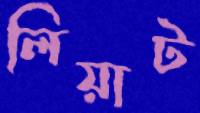
লিয়াট